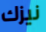
نيزك